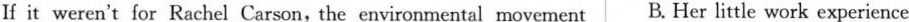
If it weren't for Rachel Carson, the environmental movement B. Her little work experience